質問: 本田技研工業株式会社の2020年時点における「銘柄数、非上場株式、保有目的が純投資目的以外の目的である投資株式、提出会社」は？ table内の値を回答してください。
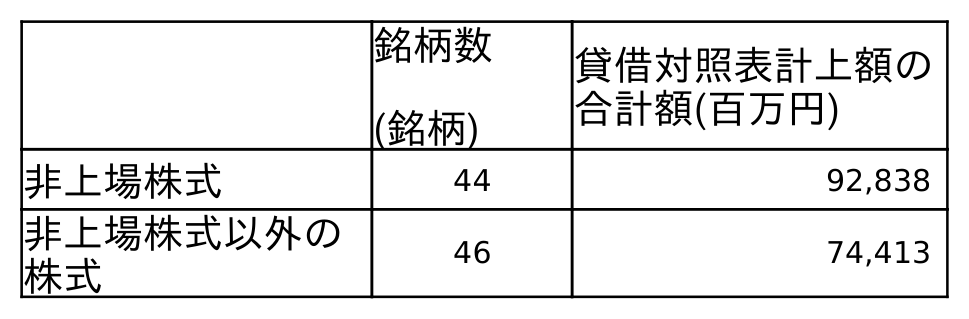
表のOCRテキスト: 銘柄数 (銘柄) 貸借対照表計上額の 合計額(百万円) 非上場株式 44 92,838 非上場株式以外の 株式 46 74,413
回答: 44